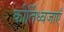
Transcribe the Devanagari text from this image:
कीर्तिध्वजाएँ